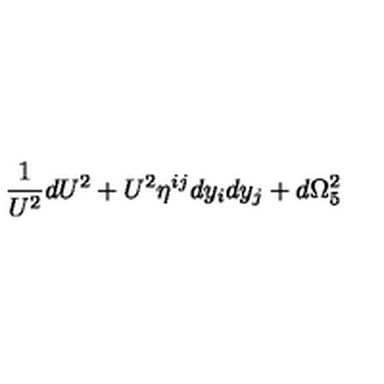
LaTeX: \frac { 1 } { U ^ { 2 } } d U ^ { 2 } + U ^ { 2 } \eta ^ { i j } d y _ { i } d y _ { j } + d \Omega _ { 5 } ^ { 2 }